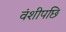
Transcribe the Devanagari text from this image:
वंशीपछि